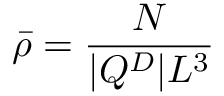
\bar { \rho } = \frac { N } { | Q ^ { D } | L ^ { 3 } }